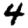
Digit: 4